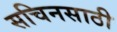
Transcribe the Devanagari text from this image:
सचिनसाठी